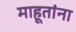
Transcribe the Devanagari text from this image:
माहूतांना